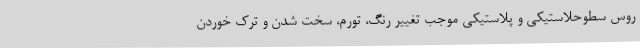
روس سطوحلاستیکی و پلاستیکی موجب تغییر رنگ، تورم، سخت شدن و ترک خوردن